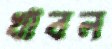
খাবল